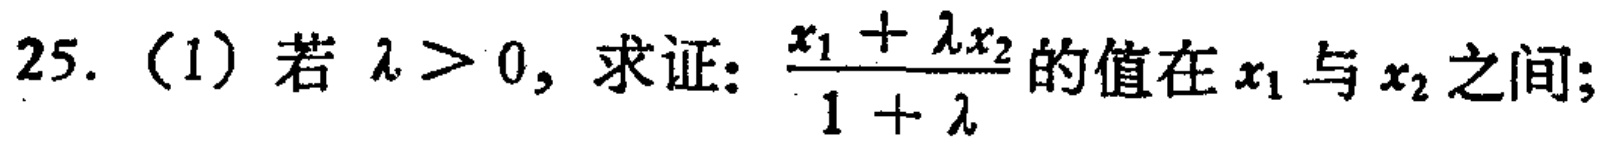
25. (1) 若 $\lambda > 0$, 求证: $\frac{x_{1}+\lambda x_{2}}{1 + \lambda}$ 的值在 $x_{1}$ 与 $x_{2}$ 之间;